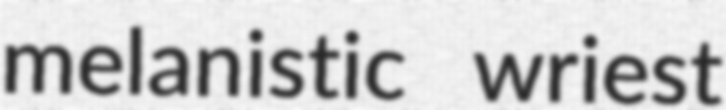
melanistic wriest